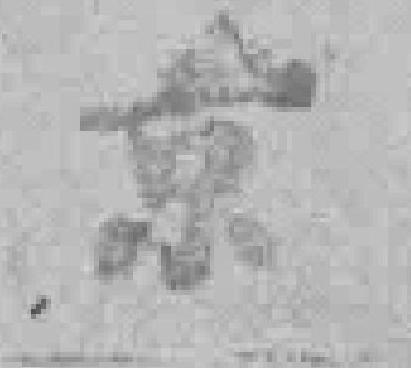
京